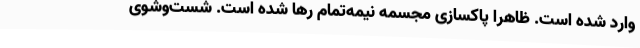
وارد شده است. ظاهرا پاکسازی مجسمه نیمه‌تمام رها شده است. شست‌وشوی